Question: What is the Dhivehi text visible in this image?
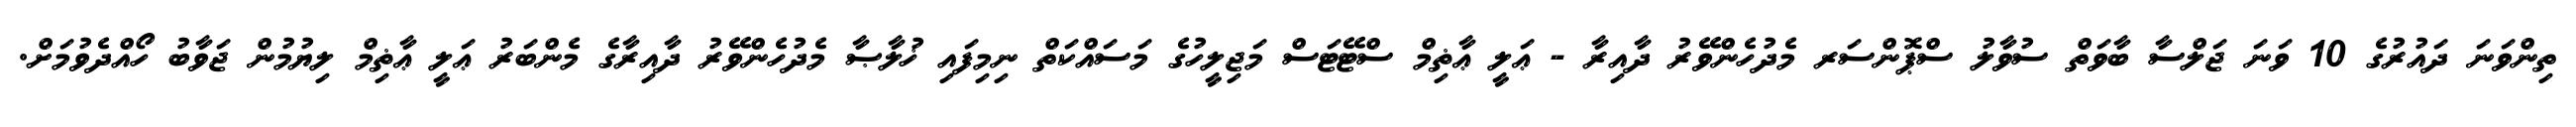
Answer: ތިންވަނަ ދައުރުގެ 10 ވަނަ ޖަލްސާ ބާވަތް ސުވާލު ސްޕޮންސަރ މެދުހެންވޭރު ދާއިރާ - ޢަލީ ޢާޡިމް ސްޓޭޓަސް މަޖިލީހުގެ މަސައްކަތް ނިމިފައި ޚުލާޞާ މެދުހެންވޭރު ދާއިރާގެ މެންބަރު ޢަލީ ޢާޡިމް ލިޔުމުން ޖަވާބު ހޯއްދެވުމަށް.